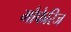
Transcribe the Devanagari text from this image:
मौफेरिज